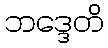
ဘဒ္ဒေတိ